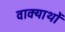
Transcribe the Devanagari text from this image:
वाक्यार्थों